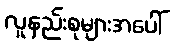
လူနည်းစုများအပေါ်